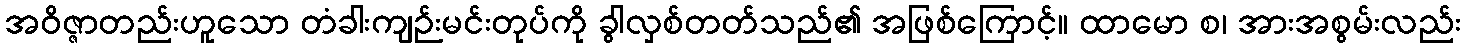
အဝိဇ္ဇာတည်းဟူသော တံခါးကျဉ်းမင်းတုပ်ကို ခွါလှစ်တတ်သည်၏ အဖြစ်ကြောင့်။ ထာမော စ၊ အားအစွမ်းလည်း